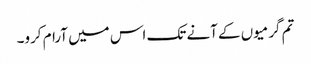
تم گرمیوں کے آنے تک اس میں آرام کرو۔